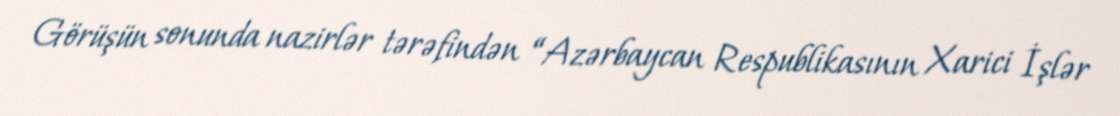
Görüşün sonunda nazirlər tərəfindən “Azərbaycan Respublikasının Xarici İşlər